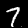
Label: 7